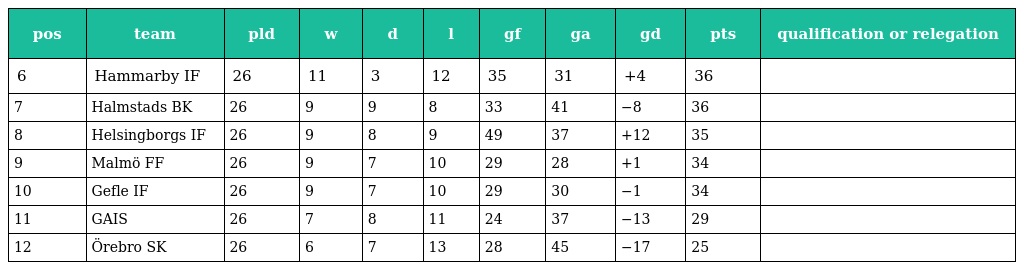
| pos | team | pld | w | d | l | gf | ga | gd | pts | qualification or relegation |
 | --- | --- | --- | --- | --- | --- | --- | --- | --- | --- | --- |
 | 6 | Hammarby IF | 26 | 11 | 3 | 12 | 35 | 31 | +4 | 36 |  |
 | 7 | Halmstads BK | 26 | 9 | 9 | 8 | 33 | 41 | −8 | 36 |  |
 | 8 | Helsingborgs IF | 26 | 9 | 8 | 9 | 49 | 37 | +12 | 35 |  |
 | 9 | Malmö FF | 26 | 9 | 7 | 10 | 29 | 28 | +1 | 34 |  |
 | 10 | Gefle IF | 26 | 9 | 7 | 10 | 29 | 30 | −1 | 34 |  |
 | 11 | GAIS | 26 | 7 | 8 | 11 | 24 | 37 | −13 | 29 |  |
 | 12 | Örebro SK | 26 | 6 | 7 | 13 | 28 | 45 | −17 | 25 |  |